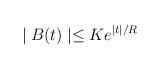
LaTeX: \begin{align*}\mid B(t)\mid\leq K e^{\mid t\mid /R} \end{align*}